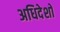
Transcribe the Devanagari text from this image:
अधिदेशों